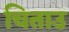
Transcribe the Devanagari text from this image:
चिताउ